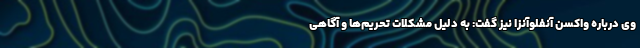
وی درباره واکسن آنفلوآنزا نیز گفت: به دلیل مشکلات تحریم‌ها و آگاهی